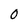
Character: 0